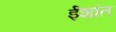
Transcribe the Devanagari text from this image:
ईशांत